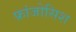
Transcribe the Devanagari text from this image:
फ्रांजोसिश